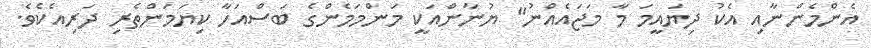
އެންމެންނާއި އެކު ދިޔައީމަ މާ މަޖައެއްނު" ޔުނާންއަކީ މަންމަމެންގެ ބަސްއަހާ ކިޔަމަންތެރި ދަރިއެކެވެ.